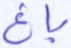
باغ